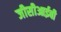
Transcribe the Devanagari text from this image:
जीसीआईबी